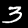
Digit: 3